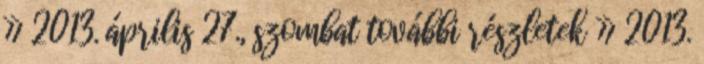
» 2013. április 27., szombat további részletek » 2013.